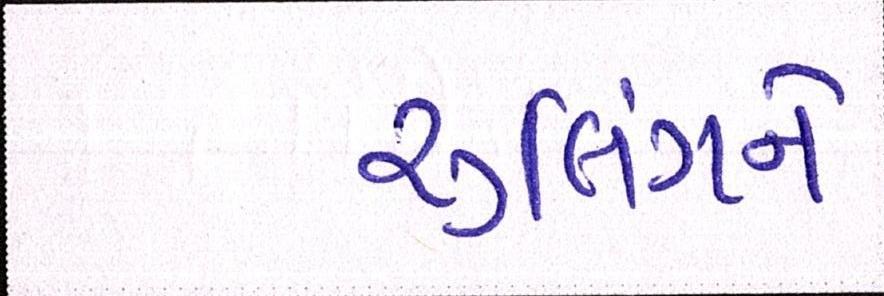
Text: રૃલિંગને